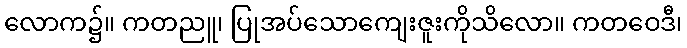
လောက၌။ ကတညူ၊ ပြုအပ်သောကျေးဇူးကိုသိလော။ ကတဝေဒီ၊